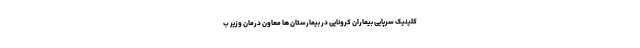
کلینیک سرپایی بیماران کرونایی در بیمارستان‌ ها معاون درمان وزیر ب